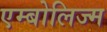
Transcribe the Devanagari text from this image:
एम्बोलिज्म